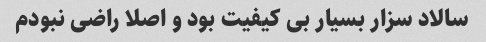
سالاد سزار بسیار بی کیفیت بود و اصلا راضی نبودم